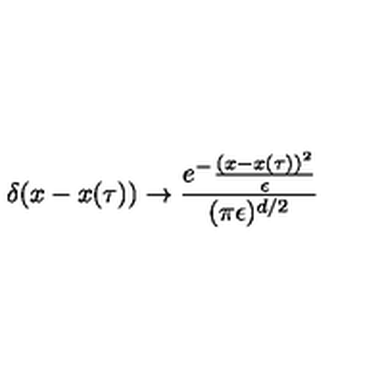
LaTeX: \delta ( x - x ( \tau ) ) \rightarrow { \frac { e ^ { - } { \frac { ( x - x ( \tau ) ) ^ { 2 } } { \epsilon } } } { ( \pi \epsilon ) ^ { d / 2 } } }